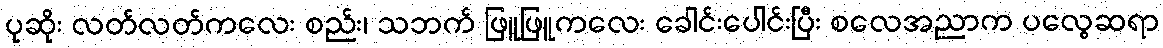
ပုဆိုး လတ်လတ်ကလေး စည်း၊ သဘက် ဖြူဖြူကလေး ခေါင်းပေါင်းပြီး စလေအညာက ပလွေဆရာ